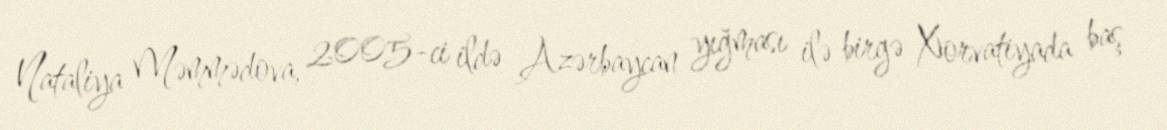
Nataliya Məmmədova, 2005-ci ildə Azərbaycan yığması ilə birgə Xorvatiyada baş